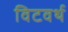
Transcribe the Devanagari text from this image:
विटवर्थ